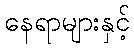
နေရာများနှင့်